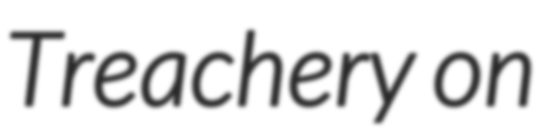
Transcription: Treachery on